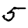
Digit: 5